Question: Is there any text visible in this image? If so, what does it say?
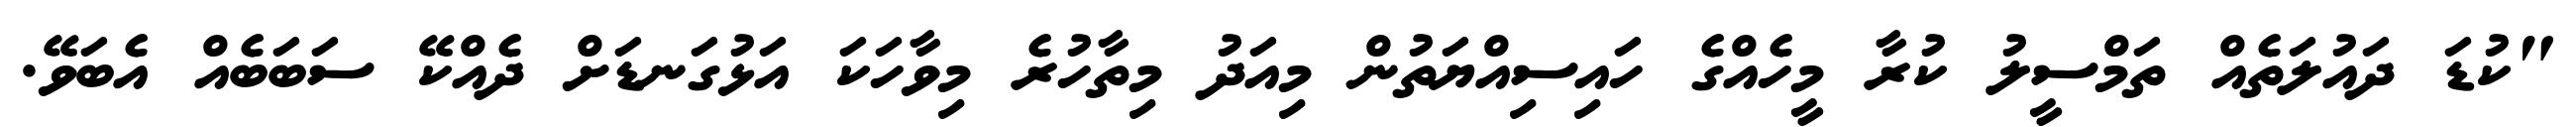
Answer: "ކުޑަ ދައުލަތެއް ތަމްސީލު ކުރާ މީހެއްގެ ހައިސިއްޔަތުން މިއަދު މިތާހުރެ މިވާހަކަ އަޅުގަނޑަށް ދެއްކޭ ސަބަބެއް އެބަވޭ.